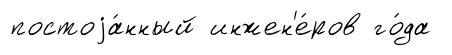
постоjа́нный инжен'е́ров го́да